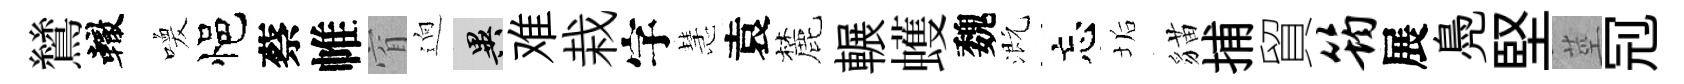
鷥轍喚悒蔡帷窅逈异难栽字慧袁麓輾蠖魏溉忘垢貓捕貿筠展鳧堅莖𠜍